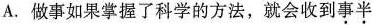
A.做事如果掌握了科学的方法，就会收到事半